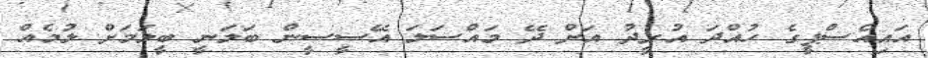
އައިއެސްޕީގެ ހުއްދަ އުރީދު އަށް ދޭ މައްސަލަ އޭސީސީން ބަލަނީ ބީލަމަށް ލުމެއް